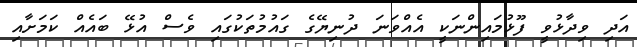
އަދި ވިދާޅުވީ ފޫޅުމައިންނަކީ އެއްވަނަ ދުނިޔޭގެ ގައުމުތަކުގައި ވެސް އުޅޭ ބައެއް ކަމަށާއި